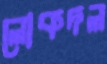
লোকদল